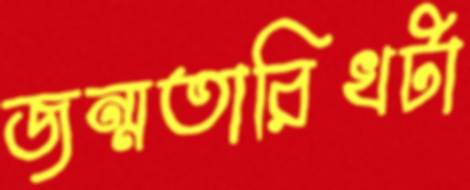
জন্মতারিখটা